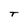
Character: T